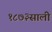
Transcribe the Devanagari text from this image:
१८७३साली